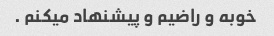
خوبه و راضیم و پیشنهاد میکنم .